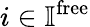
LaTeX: i\in\mathbb{I}^{\mathrm{free}}